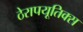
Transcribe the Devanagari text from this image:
ठेरापयूतिक्स